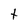
Character: t